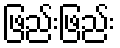
ဖြည်းဖြည်း